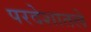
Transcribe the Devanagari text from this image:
परदेशातले